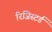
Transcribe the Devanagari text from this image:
रिजिस्टर्ड